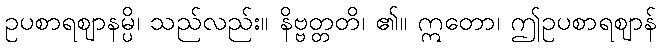
ဥပစာရဈာနမ္ပိ၊ သည်လည်း။ နိဗ္ဗတ္တတိ၊ ၏။ ဣတော၊ ဤဥပစာရဈာန်